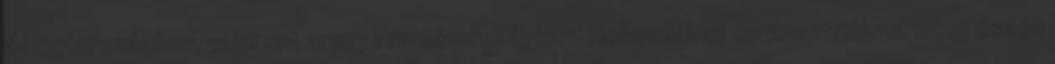
Németországban, valamint arany Franciaországban, Hollandiában és Ausztriában. 2015 őszén